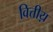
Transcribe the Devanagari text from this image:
वित्तीय़